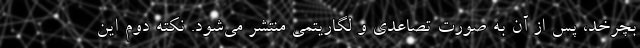
بچرخد، پس از آن به صورت تصاعدي و لگاريتمي منتشر مي‌شود. نكته دوم اين